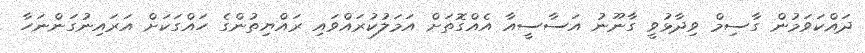
ދައްކަވަމުން ގާސިމް ވިދާޅުވީ ގާނޫނު އަސާސީއާ އެއްގޮތަށް އަމަލުކުރައްވައި ރައްޔިތުންގެ ހައްގަކަށް އަރައިނުގަންނަހާ